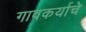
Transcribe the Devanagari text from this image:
गावकर्याचे